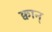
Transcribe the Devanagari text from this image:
क्वान्